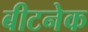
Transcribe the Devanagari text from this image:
बीटनेक